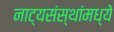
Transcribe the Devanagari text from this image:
नाट्यसंस्थांमध्ये